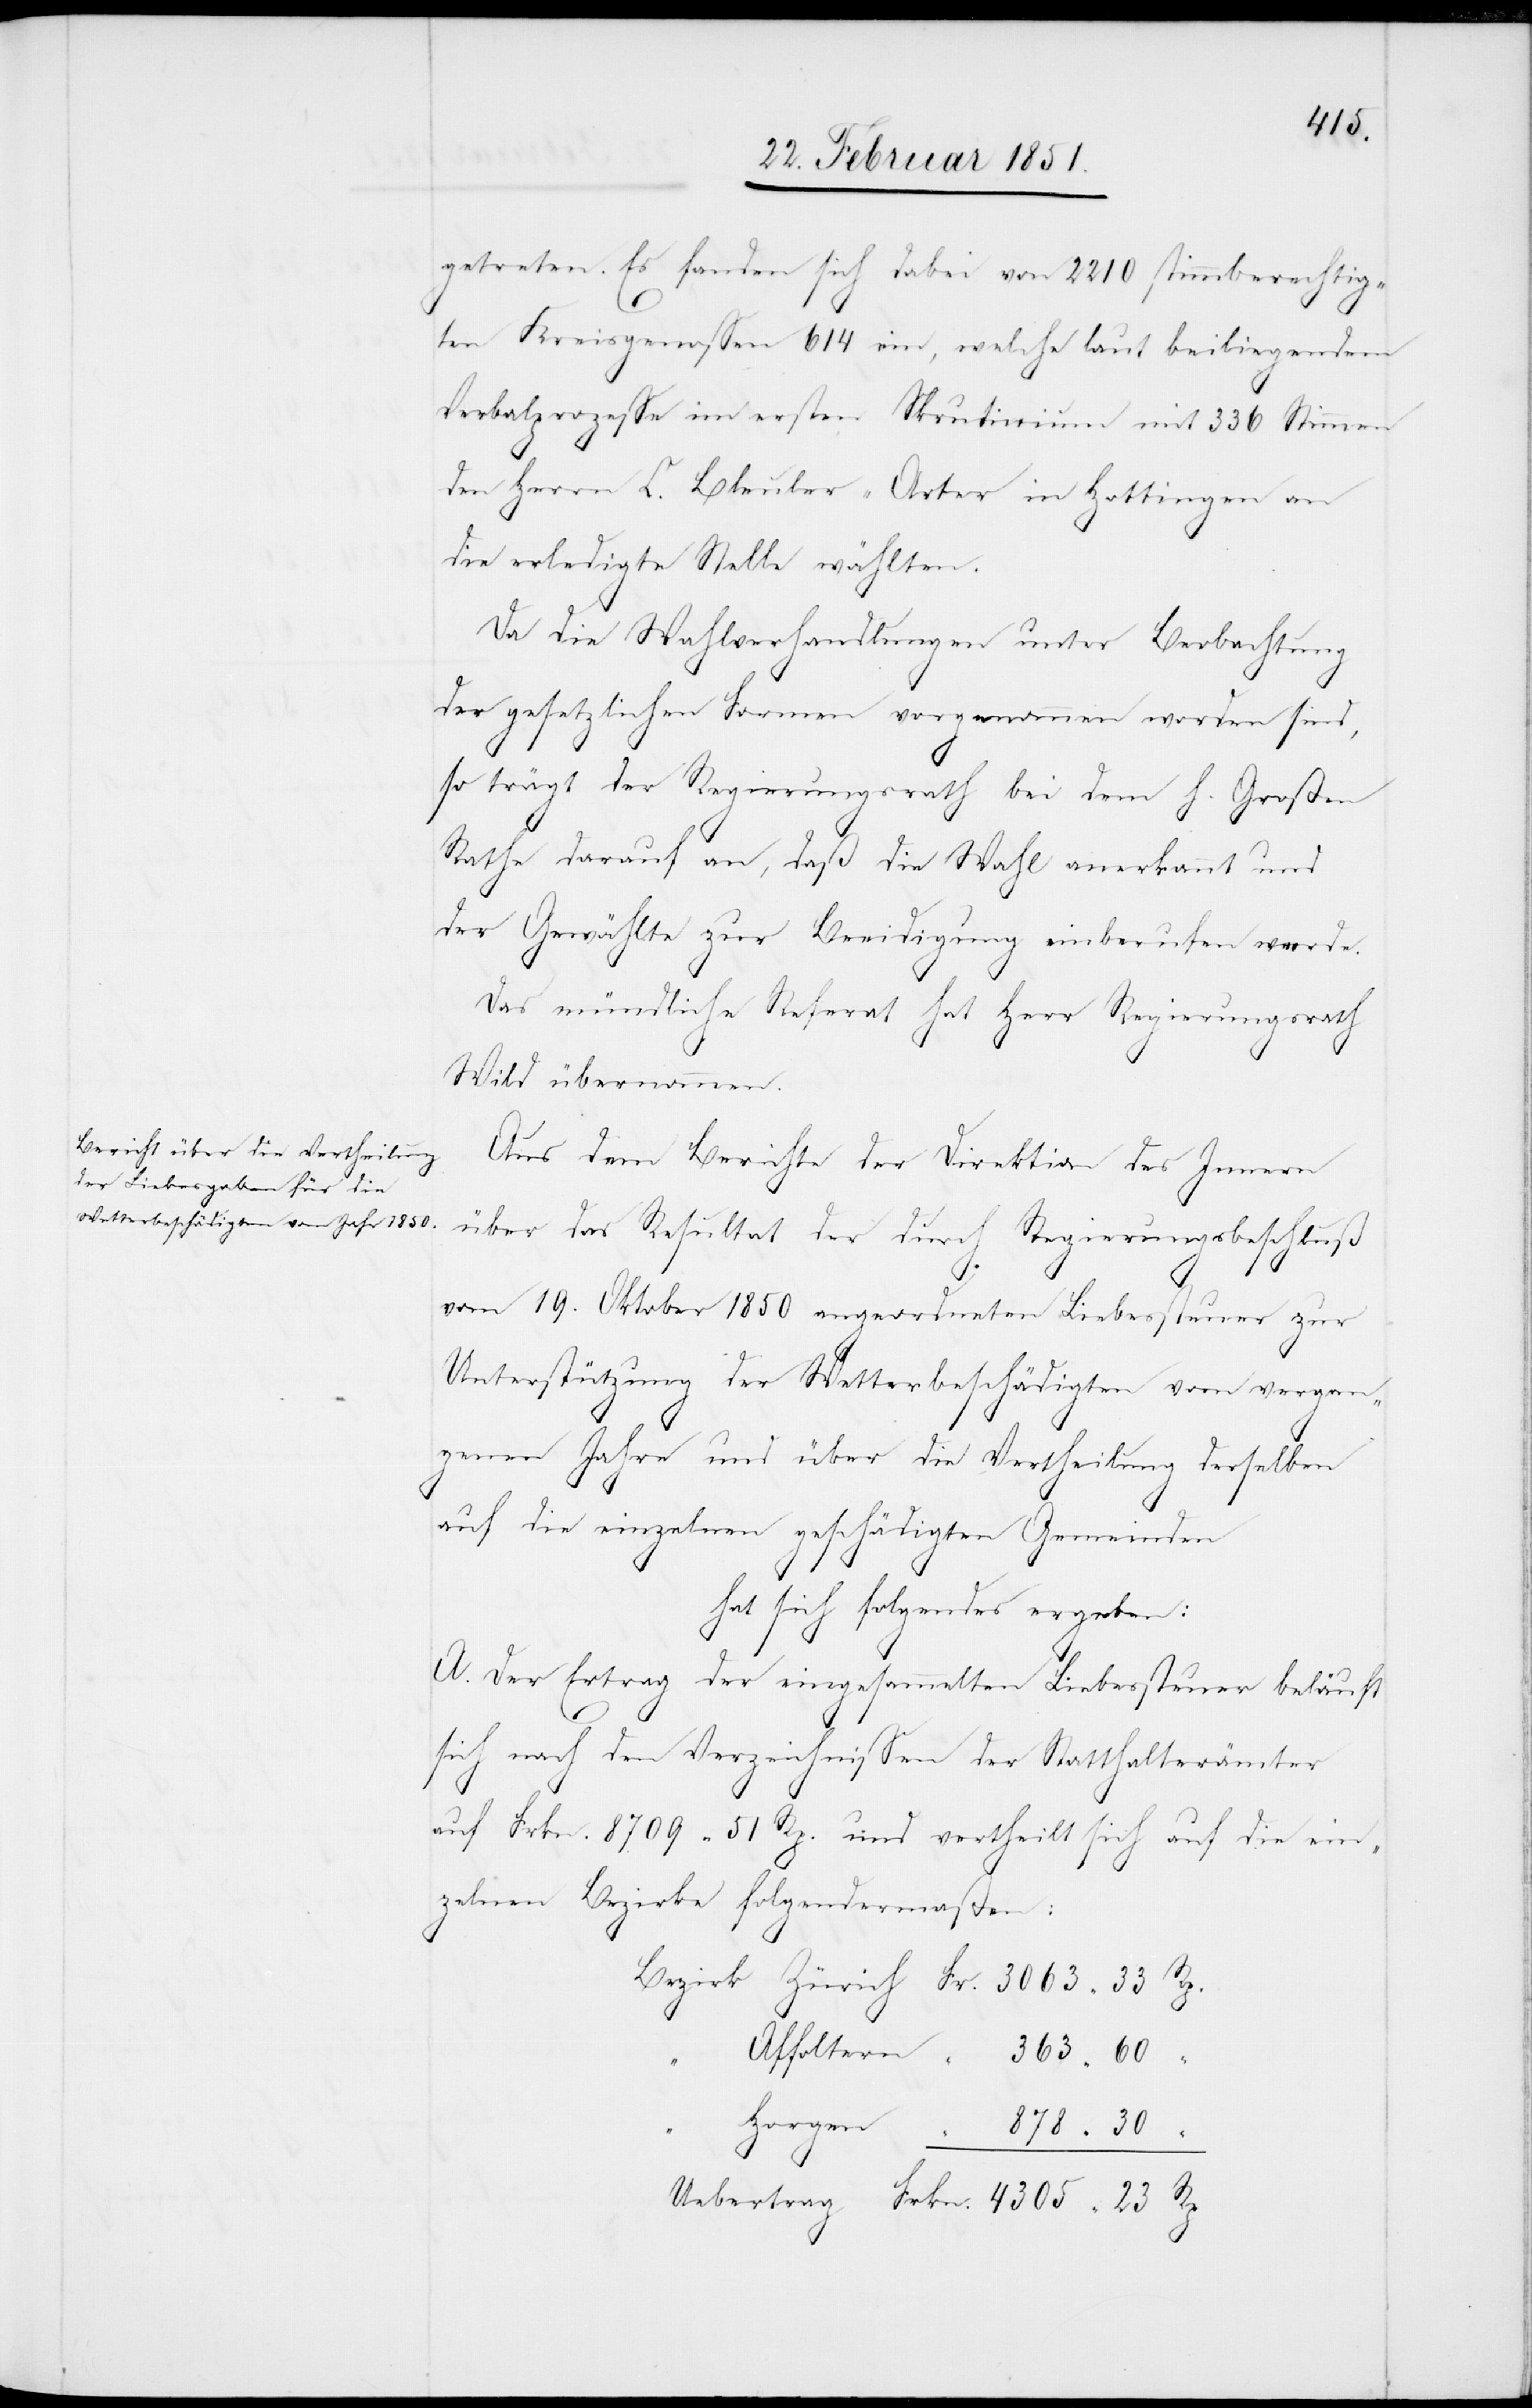
4305
getreten. Es fanden sich dabei von 2210 stimmberechtig¬
ten Kreisgenossen 614 ein, welche laut beiliegendem
Verbalprozesse im ersten Skrutinium mit 336 Stimmen
den Herrn C. Bleuler-Arter in Hottingen an
die erledigte Stelle wählten.
Da die Wahlverhandlungen unter Beobachtung
der gesetzlichen Formen vorgenommen worden sind,
so trägt der Regierungsrath bei dem h. Großen
Rathe darauf an, daß die Wahl anerkannt und
der Gewählte zur Beeidigung einberufen werde.
Das mündliche Referat hat Herr Regierungsrath
Wild übernommen.
Aus dem Berichte der Direktion des Innern
über das Resultat der durch Regierungsbeschluß
Fr.
vom 19. Oktober 1850 angeordneten Liebessteuer zur
Unterstützung der Wetterbeschädigten vom vergan¬
genen Jahre und über die Vertheilung derselben
auf die einzelnen geschädigten Gemeinden
hat sich folgendes ergeben:
A. Der Ertrag der eingesammelten Liebessteuer beläuft
sich nach den Verzeichnissen der Statthalterämter
auf Frkn. 8709 51 Rp. und vertheilt sich auf die ein¬
zelnen Bezirke folgendermaßen:
Horgen